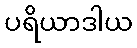
ပရိယာဒါယ